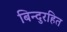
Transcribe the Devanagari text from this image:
बिन्दुरहित